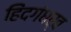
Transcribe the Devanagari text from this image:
हिंदगंधर्व